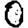
Digit: 0